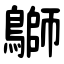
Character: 鶳